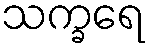
သက္ခရေ